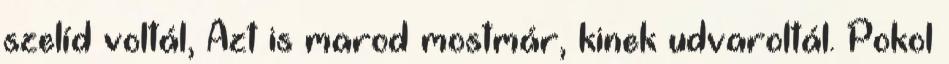
szelíd voltál, Azt is marod mostmár, kinek udvaroltál. Pokol